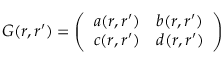
G ( r , r ^ { \prime } ) = \left( \begin{array} { l l } { { a ( r , r ^ { \prime } ) } } & { { b ( r , r ^ { \prime } ) } } \\ { { c ( r , r ^ { \prime } ) } } & { { d ( r , r ^ { \prime } ) } } \end{array} \right)